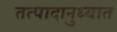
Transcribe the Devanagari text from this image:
तत्पादानुध्यात